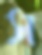
স